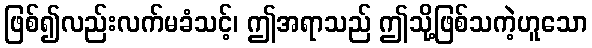
ဖြစ်၍လည်းလက်မခံသင့်၊ ဤအရာသည် ဤသို့ဖြစ်သကဲ့ဟူသော